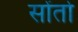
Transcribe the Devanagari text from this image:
सोंतो